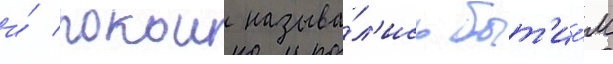
и́ покои называ́л'ись быт'ие́м